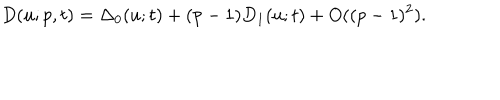
D ( u ; p , t ) = \Delta _ { 0 } ( u ; t ) + ( p - 1 ) D _ { 1 } ( u ; t ) + O ( ( p - 1 ) ^ { 2 } ) .